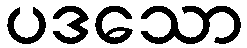
ပဒသော